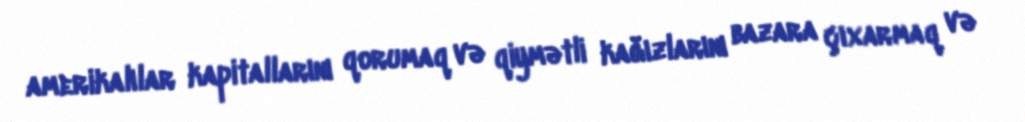
amerikalılar kapitallarını qorumaq və qiymətli kağızlarını bazara çıxarmaq və